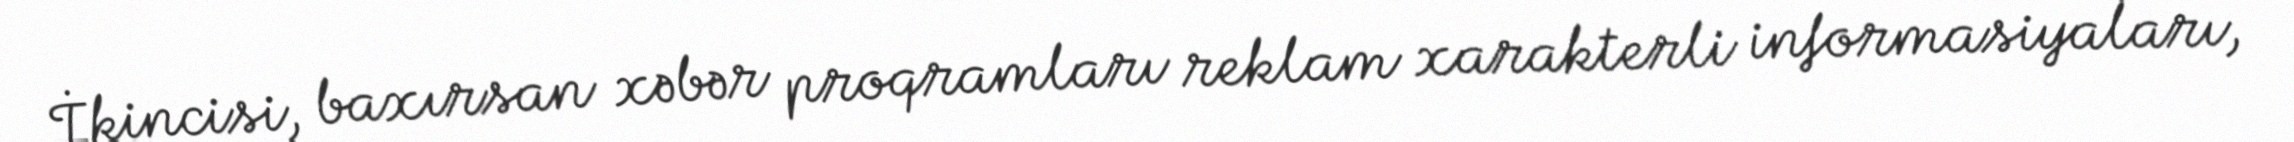
İkincisi, baxırsan xəbər proqramları reklam xarakterli informasiyaları,